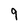
Character: 9